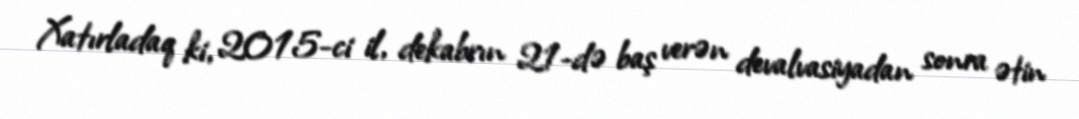
Xatırladaq ki, 2015-ci il, dekabrın 21-də baş verən devalvasiyadan sonra ətin